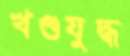
খণ্ডযুদ্ধ